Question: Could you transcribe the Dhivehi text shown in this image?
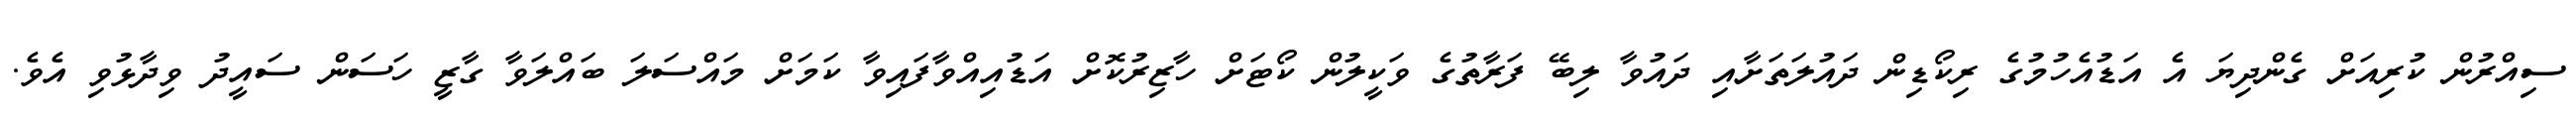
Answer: ސިއްރުން ކުރިއަށް ގެންދިޔަ އެ އަޑުއެހުމުގެ ރިކޯޑިން ދައުލަތަށާއި ދައުވާ ލިބޭ ފަރާތުގެ ވަކީލުން ކޯޓަށް ހާޒިރުކޮށް އަޑުއިއްވާފައިވާ ކަމަށް މައްސަލަ ބައްލަވާ ގާޒީ ހަސަން ސައީދު ވިދާޅުވި އެވެ.